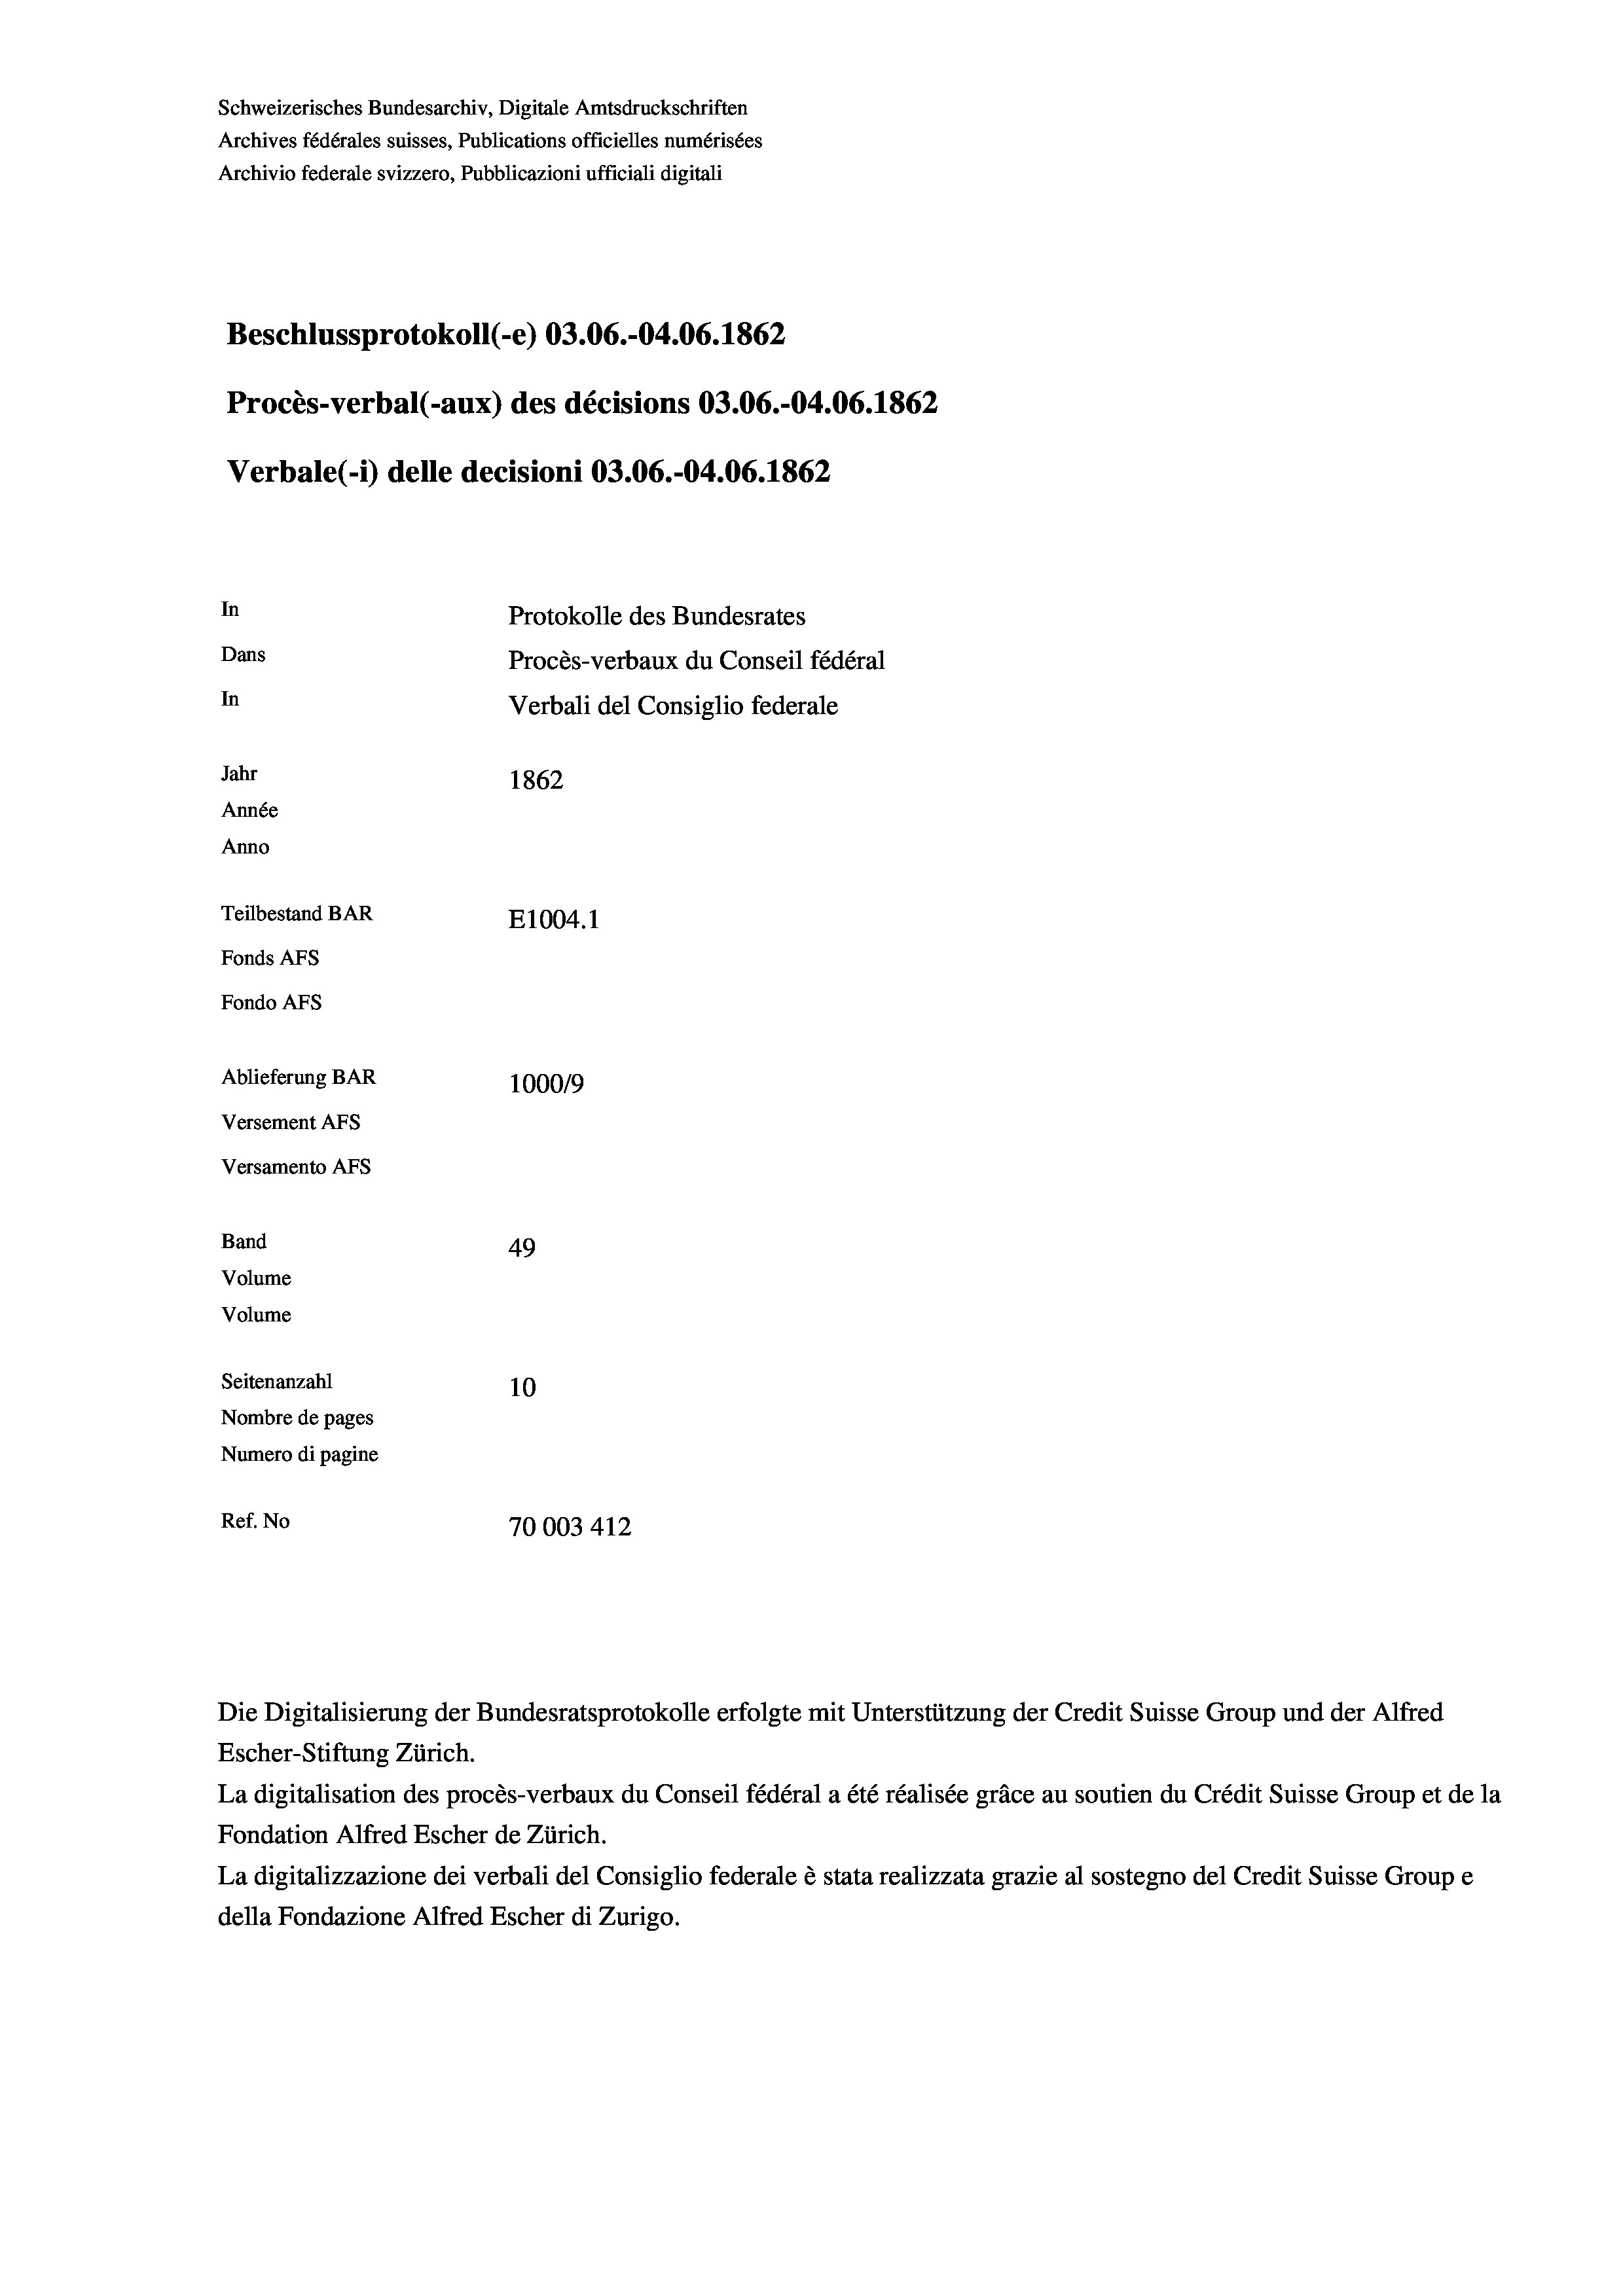
Schweizerisches Bundesarchiv, Digitale Amtsdruckschriften
Archives fédérales suisses, Publications officielles numérisées
Archivio federale svizzero, Pubblicazioni ufficiali digitali
Beschlussprotokoll (-e) 03.06.-04.06. 1862
Procès-verbal (-aux) des décisions 03.06.-04.06. 1862
Verbale (i) delle decisioni 03.06.-04.06. 1862
In
Protokolle des Bundesrates
Dans
Procès-verbaux du Conseil fédéral
In
Verbali del Consiglio federale
Jahr
1862
Année
Anno
Teilbestand BAR
E1004. 1
Fonds AFs
Fondo Afs
Ablieferung BAR
100019
Versement AFs
Versamento Afs

49
10
Nombre de pages
Numero di pagine
Ref. No
70003 412

Band
Volume
Volume

Seitenanzahl

Escher-Stiftung Zürich.
La digitalisation des procès-verbaux du Conseil fédéral a été réalisée gräce au soutien du Crédit Suisse Group et de la
Fondation Alfred Escher de Zürich.
La digitalizzazione dei verbali del Consiglio federale è stata realizzata grazie al sostegno del Credit Suisse Groupe
della Fondazione Alfred Escher di Zurigo.

Die Digitalisierung der Bundesratsprotokolle erfolgte mit Unterstützung der Credit Suisse Group und der Alfred